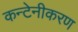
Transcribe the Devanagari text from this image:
कन्टेनीकरण